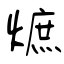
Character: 熫